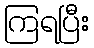
ကြရပြီး